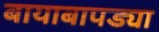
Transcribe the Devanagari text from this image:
बायाबापड्या